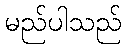
မည်ပါသည်